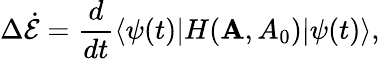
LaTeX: \Delta\dot{\mathcal{E}}=\frac{d}{dt}\langle\psi(t)|H({\mathbf A},{A_{0}})|\psi(t)\rangle,